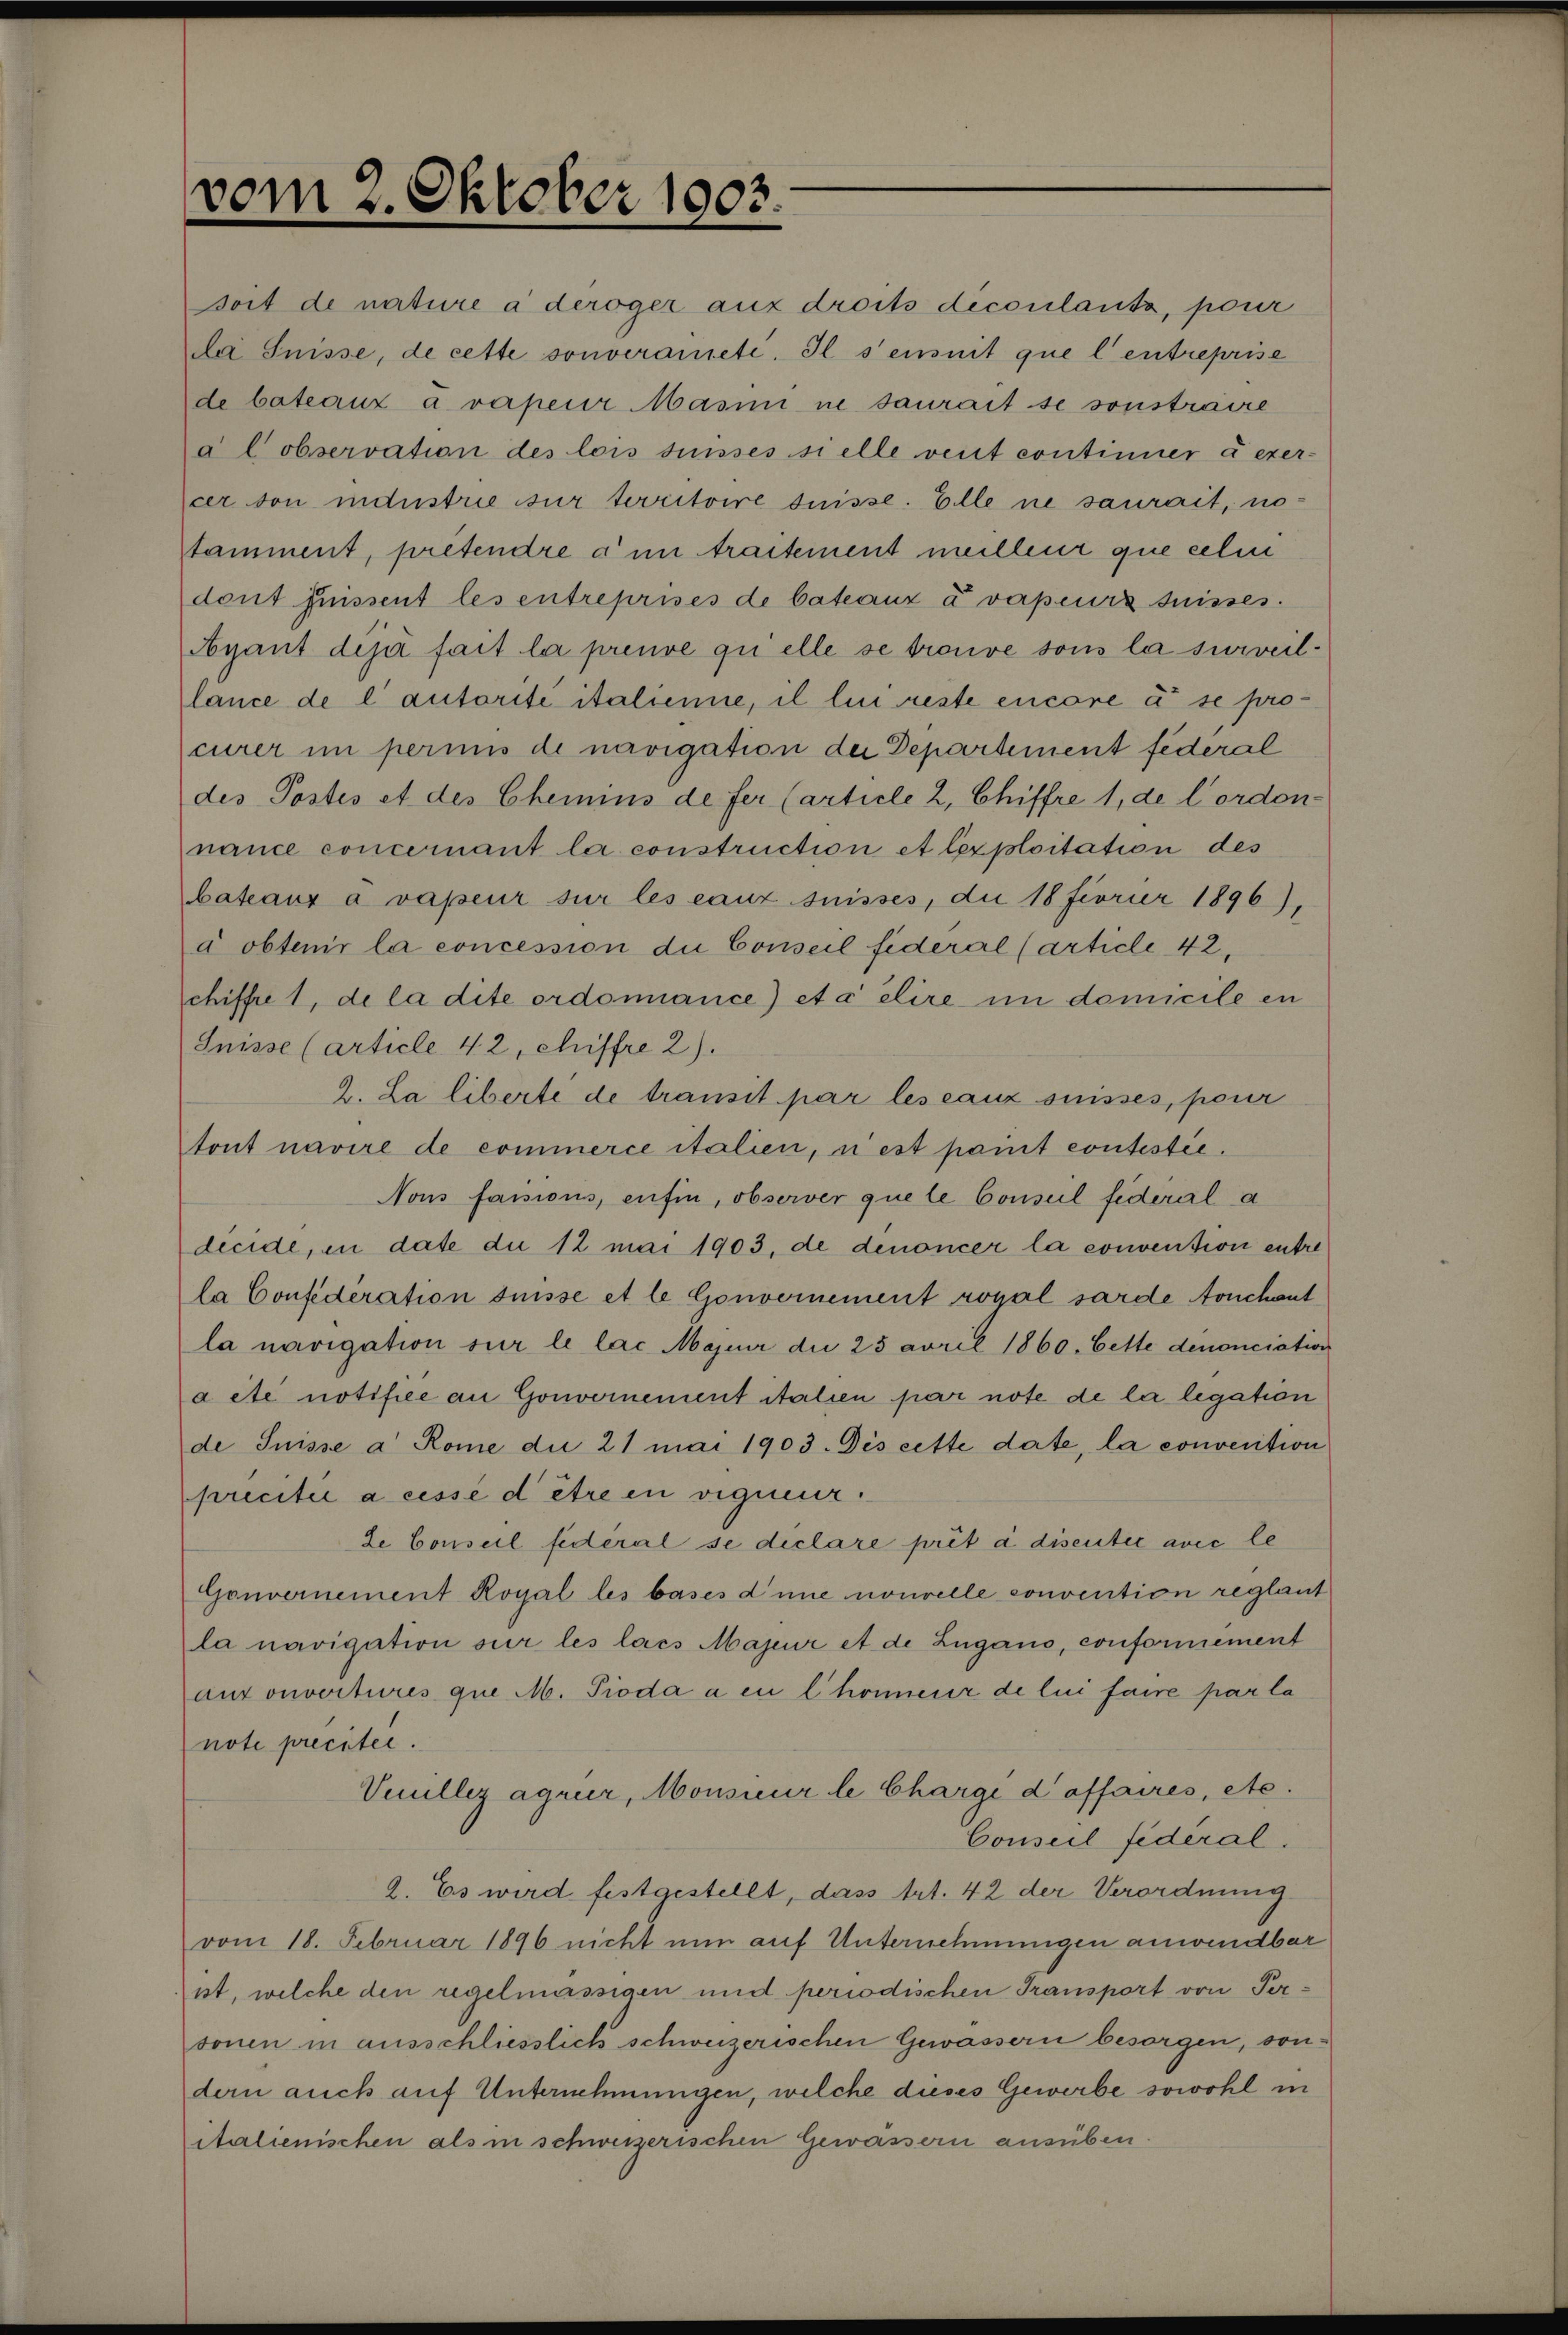
vom 2. Oktober 1903.
soit de nature à déroger aux droits découlants, pour
la Suisse, de cette souveraineté. Il s'ensuit que l'entreprise
de bateaux à vapeur Masini ne saurait se soustraire
à l'observation des lois suisses si elle veut continuer à exer¬
cer son industrie sur territoire suisse. Elle ne saurait, no¬
tamment, prétentre à un traitement meilleur que celui
dont joissent les entreprises de bateaux à vapeurs suisses.
Ayant déjà fait la preuve qu'elle se trouve sous la surveil¬
lance de l'autorité italienne, il lui reste encore à se pro¬
curer un permis de navigation du Département fédéral
des Postes et des Chemins de fer (article 2, Chiffre 1, de l'ordon¬
nance concernant la construction et l'exploitation des
bateaux à vapeur sur les eaux suisses, du 18 février 1896),
à obtenir la concession du Conseil fédéral (article 42,
chiffre 1, de la dite ordonnance) et à élire un domicile en
Suisse (article 42, chiffre 2).
2. La liberté de transit par les eaux suisses, pour
tout navire de commerce italien, n'est point contestée.
Nous faisions, enfin, observer que le Conseil fédéral a
décidé, en date du 12 mai 1903, de dénoncer la convention entre
la Confédération suisse et le Gouvernement royal sarde touchant
la navigation sur le lac Majeur du 25 avril 1860. Cette dénonciation
a été notifiée au Gouvernement italien par note de la légation
de Suisse à Rome du 21 mai 1903. Dès cette date, la convention
précitée a cessé d'être en vigueur.
Le Conseil fédéral se déclare prêt à discuter avec le
Gouvernement Royale les bases d'une nouvelle convention réglant
la navigation sur les lacs Majeur et de Lugano, conformément
aux ouvertures que M. Pioda a eu l'honneur de lui faire par la
note précitée.
Veuillez agréer, Monsieur le Chargé d'affaires, etc.
Conseil fédéral.
2. Es wird festgestellt, dass Art. 42 der Verordnung
vom 18. Februar 1896 nicht nur auf Unternehmungen anwendbar
ist, welche den regelmässigen und periodischen Transport von Per¬
sonen in ausschliesslich schweizerischen Gewässern besorgen, son¬
dern auch auf Unternehmungen, welche dieses Gewerbe sowohl in
italienischen als in schweizerischen Gewässern ausüben.